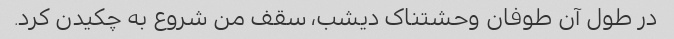
در طول آن طوفان وحشتناک دیشب، سقف من شروع به چکیدن کرد.